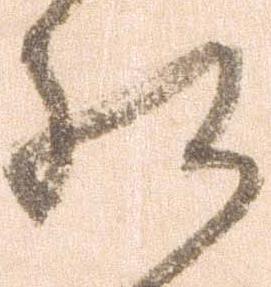
相